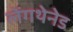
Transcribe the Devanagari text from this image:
लेंगथेनेड